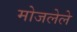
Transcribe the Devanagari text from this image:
मोजलेले